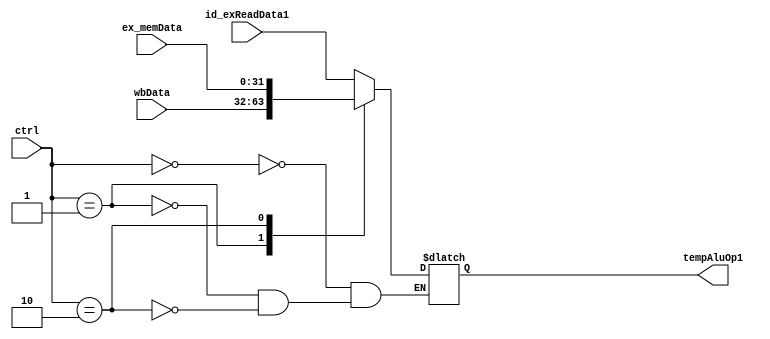
`timescale 1ns / 1ps
//////////////////////////////////////////////////////////////////////////////////
// Company: EECS 581 Team 11
// 
// Design Name: 
// Module Name: ex_mux3
// Project Name: 
// Target Devices: 
// Tool Versions: 
// Description: 
// 
// Dependencies: 
// 
// Revision:
// Revision 0.01 - File Created
// Additional Comments:
// 
//////////////////////////////////////////////////////////////////////////////////


module ex_mux3(
    input[1:0] ctrl,
    input[31:0] id_exReadData1,
    input[31:0] wbData,
    input[31:0] ex_memData,
    output[31:0] tempAluOp1
    );
    reg[31:0] result;
    wire[1:0] sel;
    assign tempAluOp1 = result;
    assign sel = {ctrl};
    always @(*)
    begin
        case (sel)
            2'b00: 
                result = id_exReadData1;
            2'b01: 
                result = wbData;
            2'b10:
                result = ex_memData;
        endcase
    end
endmodule